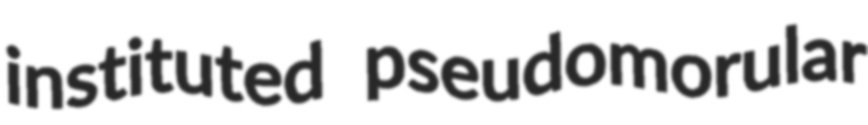
instituted pseudomorular